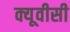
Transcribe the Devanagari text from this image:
क्यूवीसी